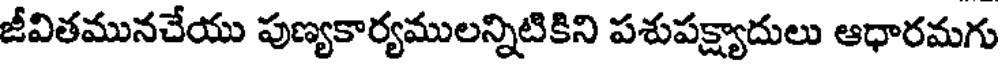
జీవితమునచేయు పుణ్యకార్యములన్నిటికిని పశుపక్ష్యాదులు ఆధారమగు